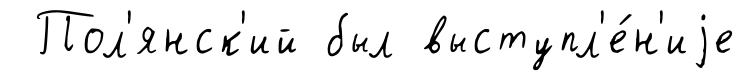
Пол'янск'ий был выступл'е́н'иjе